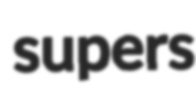
supers